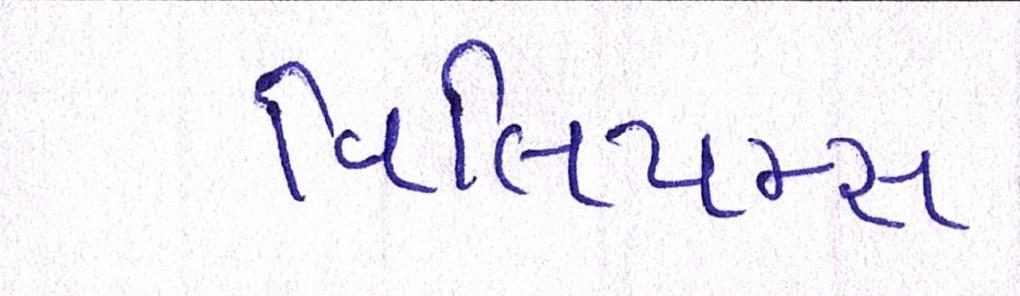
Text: વિલિયમ્સ